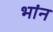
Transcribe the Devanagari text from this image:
भांन